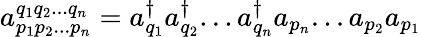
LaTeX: a_{p_{1}p_{2}...p_{n}}^{q_{1}q_{2}...q_{n}}=a_{q_{1}}^{\dagger}a_{q_{2}}^{\dagger}...a_{q_{n}}^{\dagger}a_{p_{n}}...a_{p_{2}}a_{p_{1}}